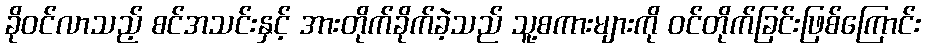
ခိုဝင်လာသည့် စင်အသင်းနှင့် အားတိုက်ခိုက်ခဲ့သည် သူ့စကားများကို ဝင်တိုက်ခြင်းဖြစ်ကြောင်း